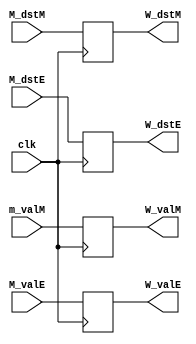
module W_reg(
    output reg [31:0] W_valE,
    output reg [31:0] W_valM,
    output reg [4:0] W_dstE,
    output reg [4:0] W_dstM,
    input clk,
    input [31:0] M_valE,
    input [31:0] m_valM,
    input [4:0] M_dstE,
    input [4:0] M_dstM
);
    always @(posedge clk) begin
        W_valE = M_valE;
        W_valM = m_valM;
        W_dstE = M_dstE;
        W_dstM = M_dstM;
    end

endmodule